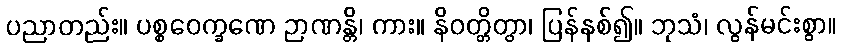
ပညာတည်း။ ပစ္စဝေက္ခဏေ ဉာဏန္တိ၊ ကား။ နိဝတ္တိတွာ၊ ပြန်နစ်၍။ ဘုသံ၊ လွန်မင်းစွာ။